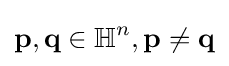
\mathbf {p} ,\mathbf {q} \in \mathbb {H} ^{n},\mathbf {p} \neq \mathbf {q}